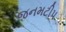
જનમટીપ